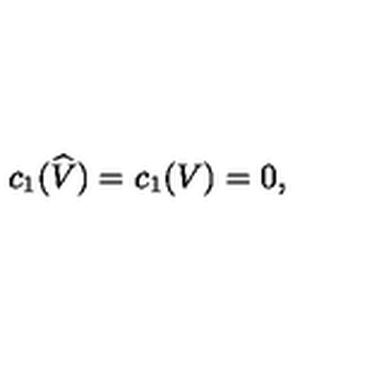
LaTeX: c _ { 1 } ( \widehat { V } ) = c _ { 1 } ( V ) = 0 ,